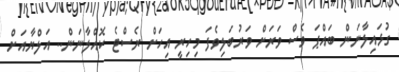
ގުޅައިލާނަން ބައްޕަ ވެސް ވަރަށް ވަރުބަލިވެފަ މިހިރީ އިހަށް ރެސްޓެ ކޮއްލާނަން.. އަލްޔާއަށް